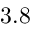
3 . 8